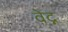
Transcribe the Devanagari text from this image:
वेद्न